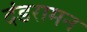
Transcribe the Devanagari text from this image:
दंडरामन